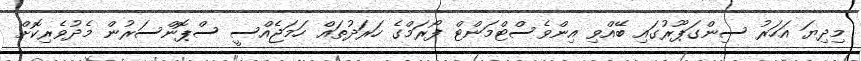
މިދިޔަ އަހަރު ސިންގަޕޫރުގައި ބޭއްވި އިންވެސްޓްމަންޓް ފޯރަމްގެ ހަރަދުތައް ހަމަޖެއްސީ ސްޕޮންސަރުން މެދުވެރިކޮށް